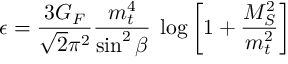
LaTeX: \epsilon = \frac { 3 G _ { F } } { \sqrt { 2 } \pi ^ { 2 } } \frac { m _ { t } ^ { 4 } } { \sin ^ { 2 } \beta } \; \log \left[ 1 + \frac { M _ { S } ^ { 2 } } { m _ { t } ^ { 2 } } \right]